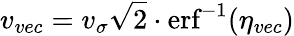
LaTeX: v_{vec}=v_{\sigma}\sqrt{2}\cdot{}\textrm{erf}^{-1}(\eta_{vec})